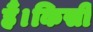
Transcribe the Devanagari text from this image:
हैं।किसी